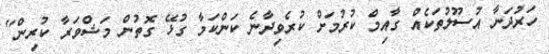
ހަރުދަނާ އުސޫލުތަކެއް ގާއިމް ކުރުމަށް ކުރެވިދާނެ ކަންކަމާ ގުޅޭ ގޮތުން މަޝްވަރާ ކުރިން"